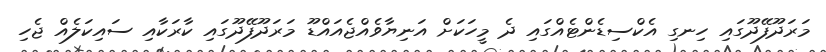
މަރަދޫފޭދޫގައި ހިނގި އެކްސިޑެންޓެއްގައި ދެ މީހަކަށް އަނިޔާވެއްޖެއައްޑޫ މަރަދޫފޭދޫގައި ކާރަކާއި ސައިކަލެއްް ޖެހި